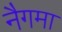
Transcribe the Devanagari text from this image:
नैगमा